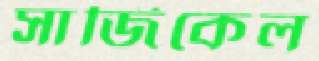
সার্জিকেল